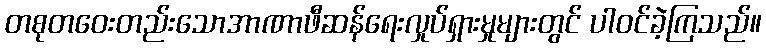
တစုတဝေးတည်းသောအာဏာဖီဆန်ရေးလှုပ်ရှားမှုများတွင် ပါဝင်ခဲ့ကြသည်။